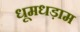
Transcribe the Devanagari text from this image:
धूमधड़ाम